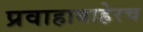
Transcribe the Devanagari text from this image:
प्रवाहाबाहेरच